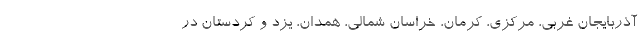
آذربایجان غربی، مرکزی، کرمان، خراسان شمالی، همدان، یزد و کردستان در